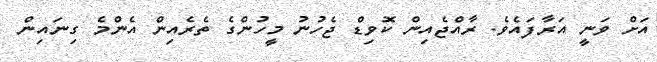
އަށް ވަނީ އަރާފައެވެ. ރާއްޖެއިން ކޮވިޑް ޖެހުނު މީހުންގެ ތެރެއިން އެންމެ ގިނައިން